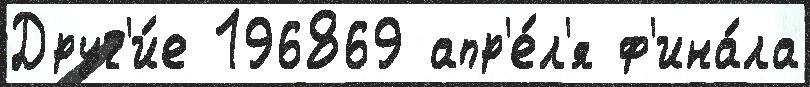
Друг'и́е 196869 апр'е́л'я ф'ина́ла